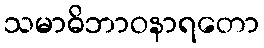
သမာဓိဘာဝနာရတော